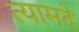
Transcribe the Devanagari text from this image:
त्यामदे